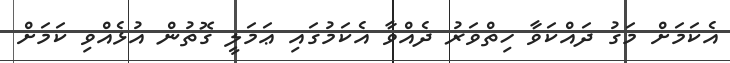
އެކަމަށް މަގު ދައްކަވާ ހިތްވަރު ދެއްވާ އެކަމުގައި ޢަމަލީ ގޮތުން އުޅެއްވި ކަމަށް